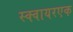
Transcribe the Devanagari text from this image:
स्क्वायरएक